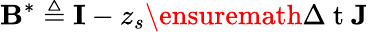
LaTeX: \mathbf{B}^{\ast}\triangleq\mathbf{I}-z_{s}\ensuremath{\Delta\mathrm{~t~}}\mathbf{J}